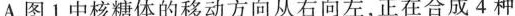
A.图1中核糖体的移动方向从右向左，正在合成4种